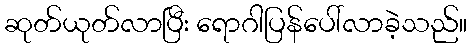
ဆုတ်ယုတ်လာပြီး ရောဂါပြန်ပေါ်လာခဲ့သည်။